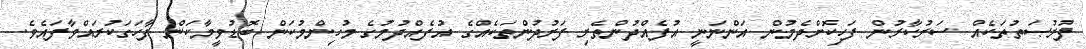
ފުރުޞަތުތަކެއް ސަރުކާރުން ފަހިކޮށްދެމުން އަންނަނީ އުފެއްދުންތެރި ފަރުދުންތަކެއްގެ އުފެއްދުމުގެ މުހިންމުކަން ބޮޑުވީމާކަން ފާހަގަކުރައްވާފައެވެ.